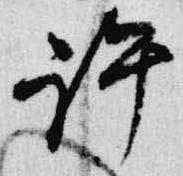
許